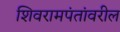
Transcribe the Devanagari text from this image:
शिवरामपंतांवरील